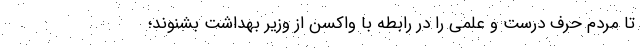
تا مردم حرف درست و علمی را در رابطه با واکسن از وزیر بهداشت بشنوند؛